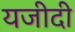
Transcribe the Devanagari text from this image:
यजीदी